Indian journal of veterinary science and animal husbandry - Volume 11,
Year: 1941
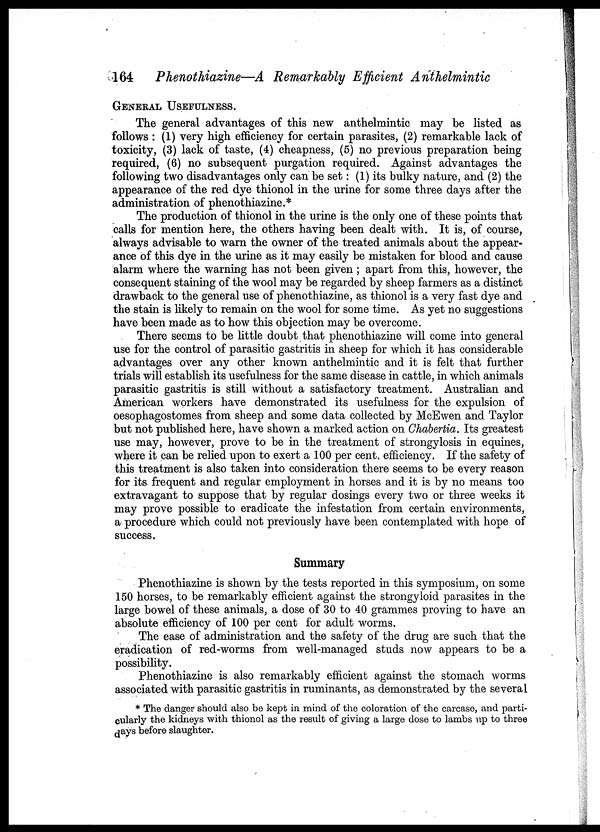
164 Phenothiazine—A Remarkably Efficient Anthelmintic
GENERAL USEFULNESS.
The general advantages of this new anthelmintic may be listed as
follows : (1) very high efficiency for certain parasites, (2) remarkable lack of
toxicity, (3) lack of taste, (4) cheapness, (5) no previous preparation being
required, (6) no subsequent purgation required. Against advantages the
following two disadvantages only can be set: (1) its bulky nature, and (2) the
appearance of the red dye thionol in the urine for some three days after the
administration of phenothiazine.*
The production of thionol in the urine is the only one of these points that
calls for mention here, the others having been dealt with. It is, of course,
always advisable to warn the owner of the treated animals about the appear-
ance of this dye in the urine as it may easily be mistaken for blood and cause
alarm where the warning has not been given ; apart from this, however, the
consequent staining of the wool may be regarded by sheep farmers as a distinct
drawback to the general use of phenothiazine, as thionol is a very fast dye and
the stain is likely to remain on the wool for some time. As yet no suggestions
have been made as to how this objection may be overcome.
There seems to be little doubt that phenothiazine will come into general
use for the control of parasitic gastritis in sheep for which it has considerable
advantages over any other known anthelmintic and it is felt that further
trials will establish its usefulness for the same disease in cattle, in which animals
parasitic gastritis is still without a satisfactory treatment. Australian and
American workers have demonstrated its usefulness for the expulsion of
oesophagostomes from sheep and some data collected by McEwen and Taylor
but not published here, have shown a marked action on Chabertia. Its greatest
use may, however, prove to be in the treatment of strongylosis in equines,
where it can be relied upon to exert a 100 per cent. efficiency. If the safety of
this treatment is also taken into consideration there seems to be every reason
for its frequent and regular employment in horses and it is by no means too
extravagant to suppose that by regular dosings every two or three weeks it
may prove possible to eradicate the infestation from certain environments,
a procedure which could not previously have been contemplated with hope of
success.
Summary
Phenothiazine is shown by the tests reported in this symposium, on some
150 horses, to be remarkably efficient against the strongyloid parasites in the
large bowel of these animals, a dose of 30 to 40 grammes proving to have an
absolute efficiency of 100 per cent for adult worms.
The ease of administration and the safety of the drug are such that the
eradication of red-worms from well-managed studs now appears to be a
possibility.
Phenothiazine is also remarkably efficient against the stomach worms
associated with parasitic gastritis in ruminants, as demonstrated by the several
* The danger should also be kept in mind of the coloration of the carcase, and parti-
cularly the kidneys with thionol as the result of giving a large dose to lambs up to three
days before slaughter.